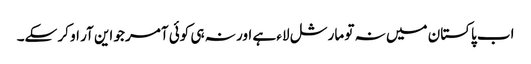
اب پاکستان میں نہ تو مارشل لاء ہے اور نہ ہی کوئی آمر جو این آر او کر سکے۔